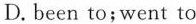
D. been to; went to